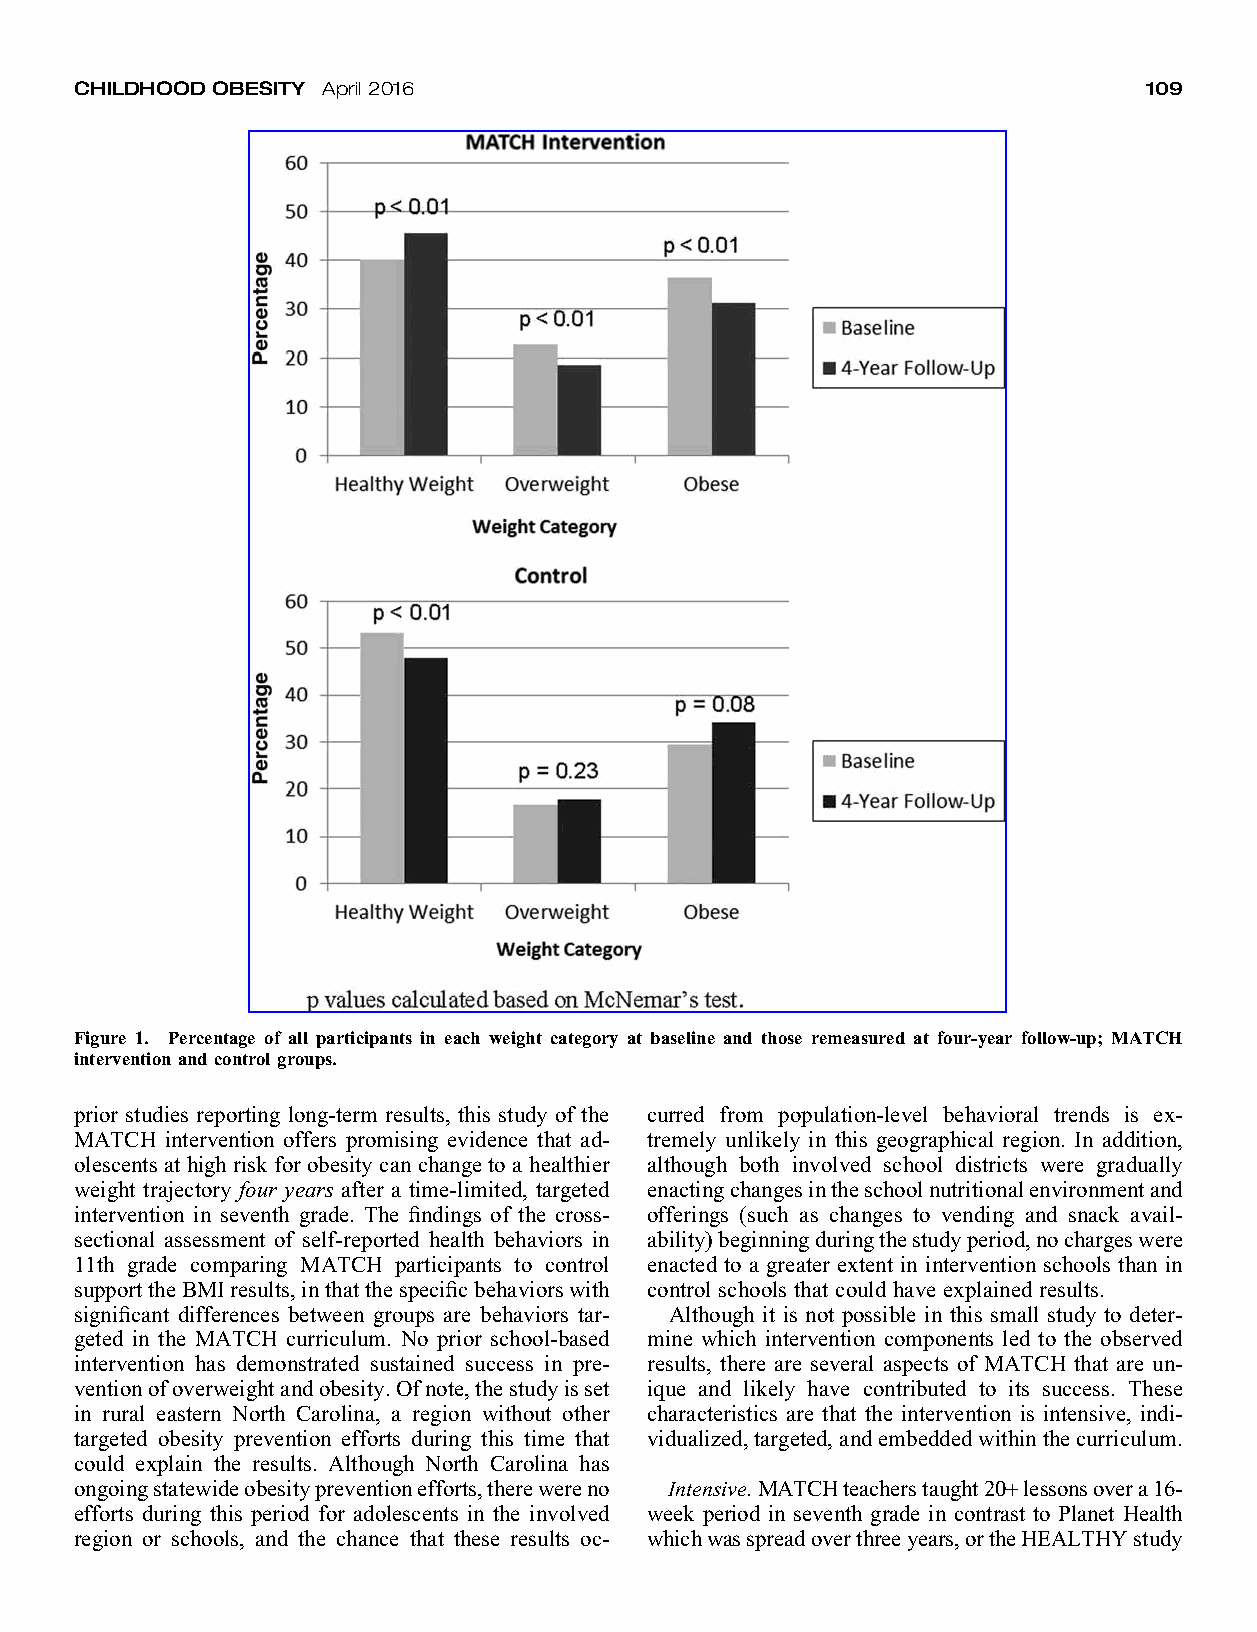
CHILDHOODOBESITY April2016                                             109
 Figure 1. Percentage of all participants in each weight category at baseline and those remeasured at four-year follow-up; MATCH
 interventionand control groups.
 prior studies reporting long-term results, this study of the curred from population-level behavioral trends is ex-
 MATCH intervention offers promising evidence that ad- tremely unlikely in this geographical region. In addition,
 olescents athighrisk forobesitycan changetoa healthier although both involved school districts were gradually
 weight trajectory four years after a time-limited, targeted enactingchangesintheschoolnutritionalenvironmentand
 intervention in seventh grade. The findings of the cross- offerings (such as changes to vending and snack avail-
 sectional assessment of self-reported health behaviors in ability)beginningduringthestudyperiod,nochargeswere
 11th grade comparing MATCH participants to control enacted to a greater extent in intervention schools than in
 supporttheBMIresults,inthatthespecificbehaviorswith control schools that could have explained results.
 significant differences between groups are behaviors tar- Although it is not possible in this small study to deter-
 geted in the MATCH curriculum. No prior school-based mine which intervention components led to the observed
 intervention has demonstrated sustained success in pre- results, there are several aspects of MATCH that are un-
 ventionofoverweightandobesity.Ofnote,thestudyisset ique and likely have contributed to its success. These
 in rural eastern North Carolina, a region without other characteristics are that the intervention is intensive, indi-
 targeted obesity prevention efforts during this time that vidualized,targeted,andembeddedwithinthecurriculum.
 could explain the results. Although North Carolina has
 ongoingstatewideobesitypreventionefforts,therewereno Intensive.MATCHteacherstaught20+lessonsovera16-
 efforts during this period for adolescents in the involved week period in seventh grade in contrast to Planet Health
 region or schools, and the chance that these results oc- whichwasspreadoverthreeyears,ortheHEALTHYstudy